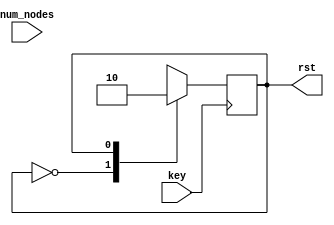
module reset(
					input key,
					input [3:0]num_nodes,
					output rst
);
	parameter HIGH = 1'b0;
	parameter LOW = 1'b1;
	reg r_state = HIGH;
	reg r_rst = 0;
	
	always@(negedge key)
	begin
		case(r_state)
			HIGH :
				begin
					r_rst = 1;
					r_state = LOW;
				end
			LOW :
				begin
					r_rst = 0;
					r_state = HIGH;
				end
		endcase
	end 
	
	assign rst = r_rst;
	
endmodule